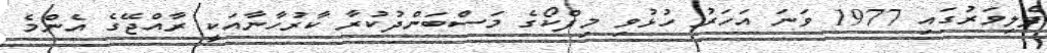
ފެލިވަރުގައި 1977 ވަނަ އަހަރު ހުޅުވި މިފްކޯގެ މަސްބަންދުކުރާ ކާރުހާނާއަކީ ރާއްޖޭގެ އެންމެ